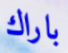
باراك